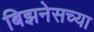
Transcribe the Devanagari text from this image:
बिझनेसच्या